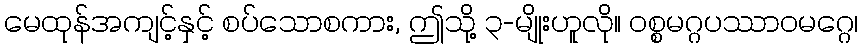
မေထုန်အကျင့်နှင့် စပ်သောစကား, ဤသို့ ၃-မျိုးဟူလို။ ဝစ္စမဂ္ဂပဿာဝမဂ္ဂေ၊